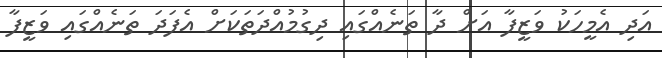
އަދި އެމީހަކު ވަޒީފާ އަށް ދާ ތަނެއްގައި ދިގުމުއްދަތަކަށް އެފަދަ ތަނެއްގައި ވަޒީފާ